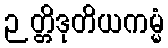
ဉတ္တိဒုတိယကမ္မံ